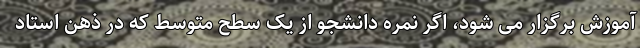
آموزش برگزار می شود، اگر نمره دانشجو از یک سطح متوسط که در ذهن استاد